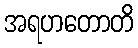
အရဟတောတိ